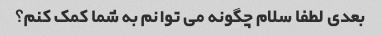
بعدی لطفا سلام چگونه می توانم به شما کمک کنم؟